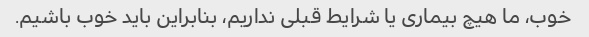
خوب، ما هیچ بیماری یا شرایط قبلی نداریم، بنابراین باید خوب باشیم.